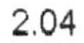
2.04